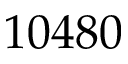
1 0 4 8 0